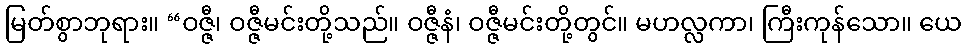
မြတ်စွာဘုရား။ “ဝဇ္ဇီ၊ ဝဇ္ဇီမင်းတို့သည်။ ဝဇ္ဇီနံ၊ ဝဇ္ဇီမင်းတို့တွင်။ မဟလ္လကာ၊ ကြီးကုန်သော။ ယေ